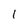
Character: 1